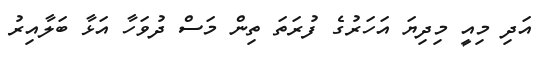
އަދި މިއީ މިދިޔަ އަހަރުގެ ފުރަތަ ތިން މަސް ދުވަހާ އަޅާ ބަލާއިރު